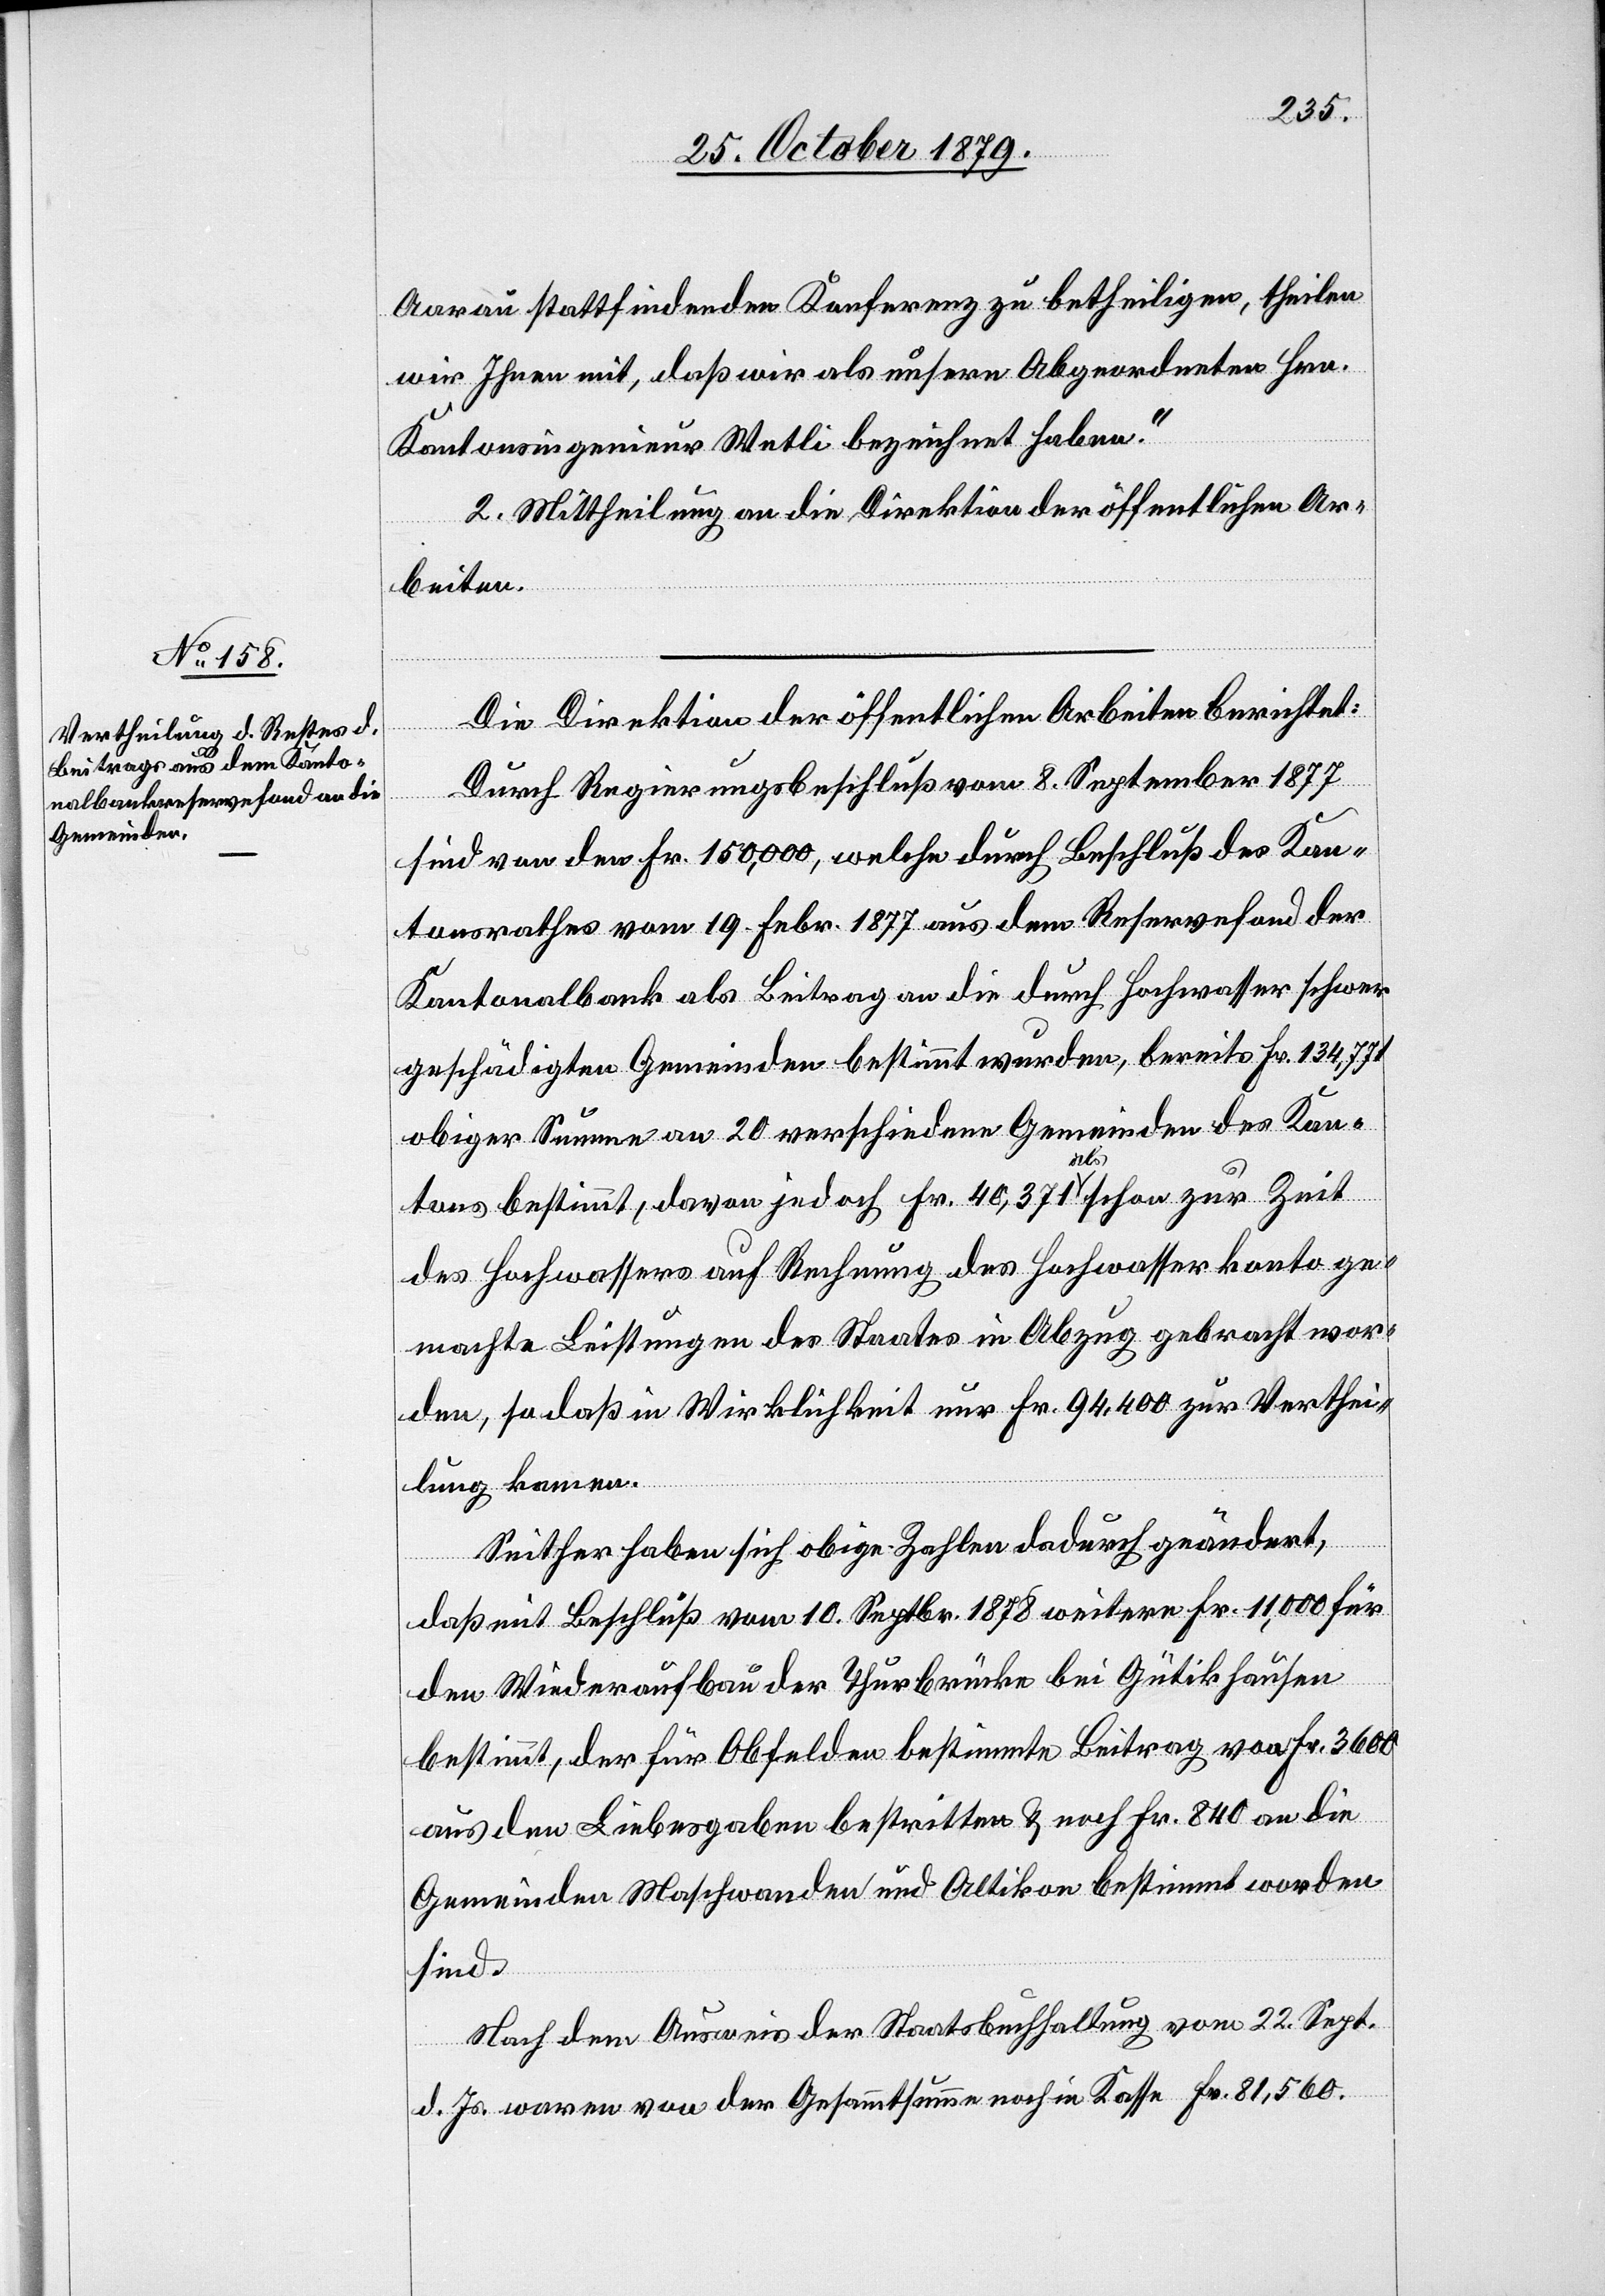
81,560.
Aarau stattfindenden Konferenz zu betheiligen, theilen
wir Ihnen mit, das wir als unsern Abgeordneten Hrn.
Kantonsingenieur Wetli bezeichnet haben.“
2. Mittheilung an die Direktion der öffentlichen Ar¬
beiten.
Die Direktion der öffentlichen Arbeiten berichtet:
in
Durch Regierungsbeschluß vom 8. September 1877
sind von den Fr. 150,000, welche durch Beschluß des Kan¬
tonsrathes vom 19. Febr. 1877 aus dem Reservefond der
Kantonalbank als Beitrag an die durch Hochwasser schwer
geschädigten Gemeinden bestimmt wurden, bereits Fr. 134,771
obiger Summe an 20 verschiedene Gemeinden des Kan¬
Fr.
tons bestimmt, davon jedoch Fr. 40,371 als schon zur Zeit
des Hochwassers auf Rechnung des Hochwasserkonto ge¬
machte Leistungen des Staates in Abzug gebracht wor¬
den, so daß in Wirklichkeit nur Fr. 94,400 zur Verthei¬
lung kamen.
Seither haben sich obige Zahlen dadurch geändert,
daß mit Beschluß vom 10. Septbr. 1878 weitere Fr. 11,000 für
den Wiederaufbau der Thurbrücke bei Gütikhausen
bestimmt, der für Obfelden bestimmte Betrag von Fr. 3600
aus den Liebesgaben bestritten & noch Fr. 840 an die
Gemeinden Maschwanden und Altikon bestimmt worden
sind.
Nach dem Ausweis der Staatsbuchhaltung vom 22. Sept.